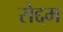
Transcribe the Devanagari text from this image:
रोद्दम